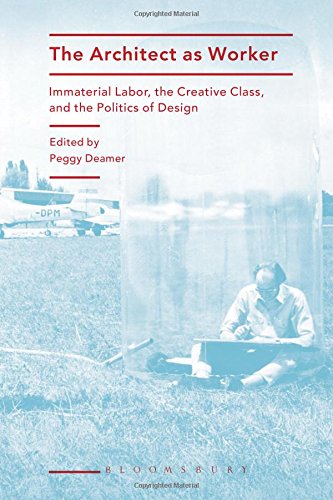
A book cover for The Architect as Worker: Immaterial Labor, the Creative Class, and the Politics of Design; Arts & Photography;